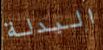
البدلة